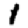
Digit: 1